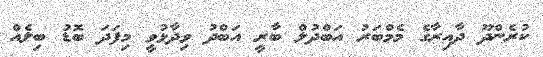
ކުރެންދޫ ދާއިރާގެ މެމްބަރު އަބްދުލް ބާރީ އަބްދު ވިދާޅުވީ މިފަދަ ބޮޑު ބިލެއް